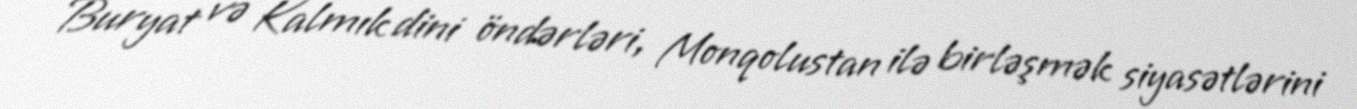
Buryat və Kalmık dini öndərləri, Monqolustan ilə birləşmək siyasətlərini